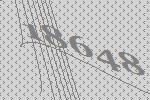
18648